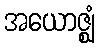
အယောဇ္ဈံ